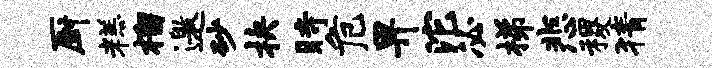
厨糕榴邀砂抉时危畀沱必梯悲稷猜